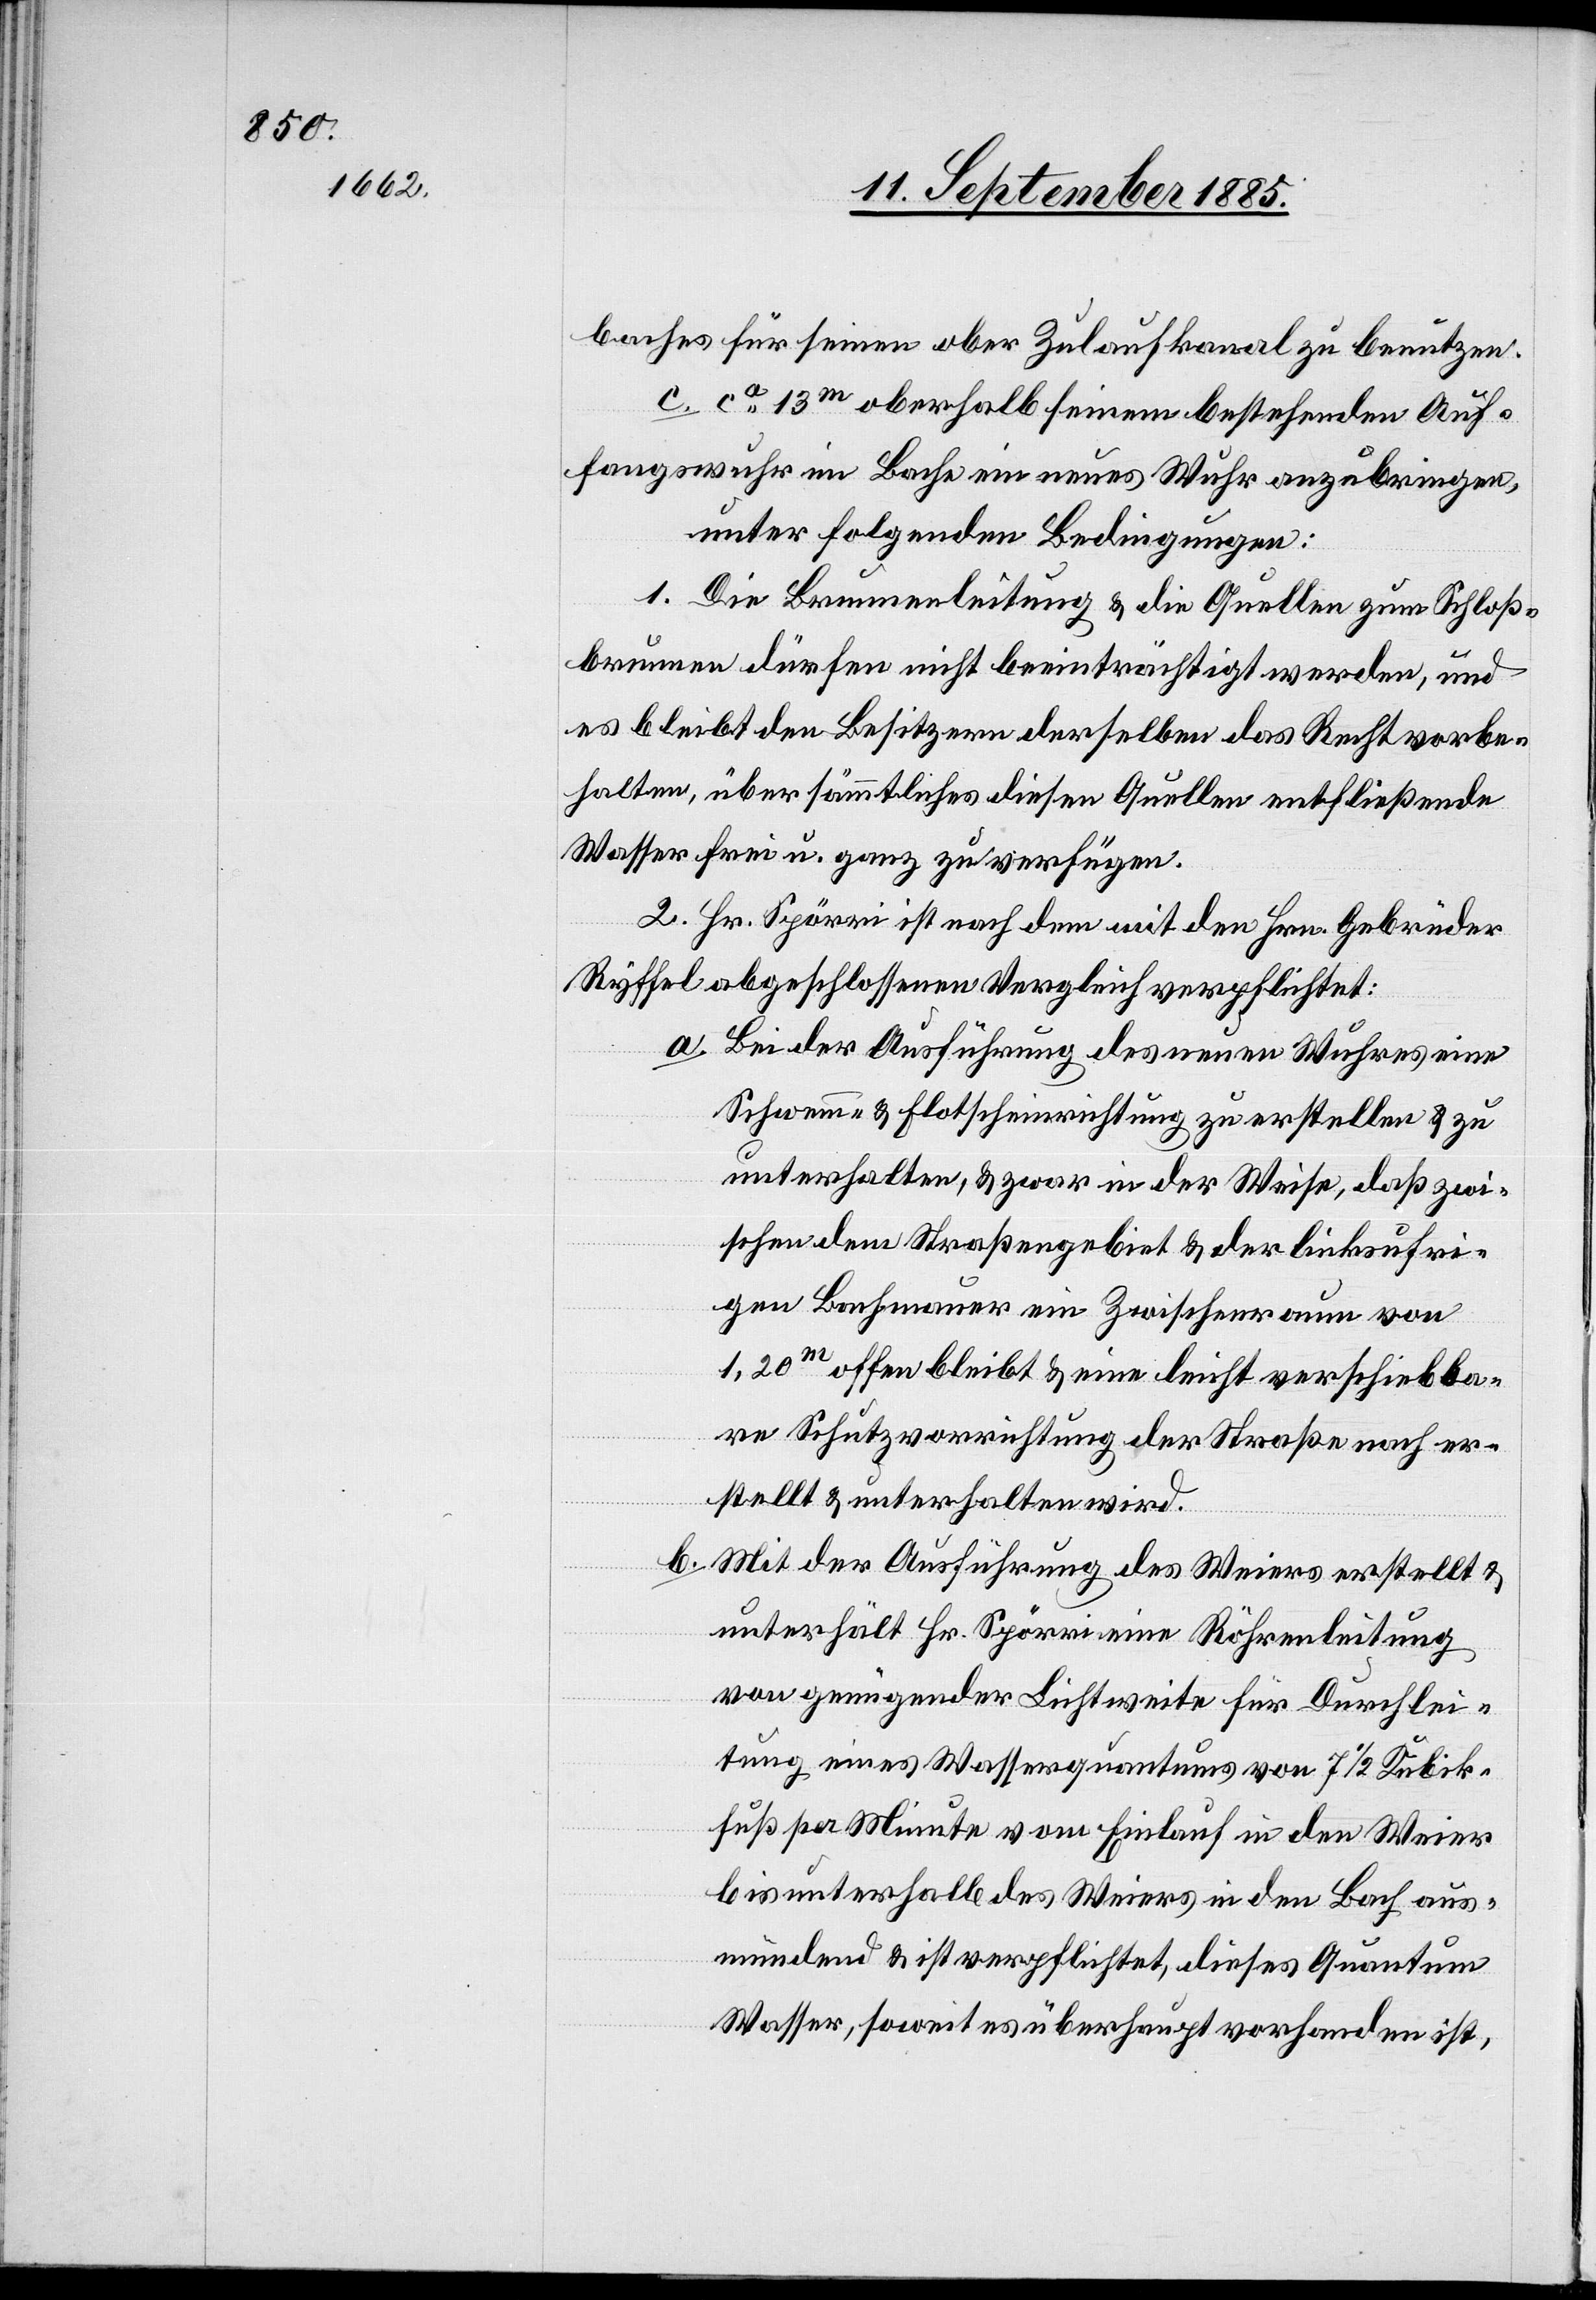
baches für seinen ober[en] Zulaufkanal zu benutzen.
c. ca 13m oberhalb seinem bestehenden Auf¬
fangswuhr im Bache ein neues Wuhr anzubringen,
unter folgenden Bedingungen:
1. Die Brunnenleitung & die Quellen zum Schloß¬
brunnen dürfen nicht beeinträchtigt werden, und
es bleibt den Besitzern derselben das Recht vorbe¬
halten, über sämmtliches diesen Quellen entfließende
Wasser frei u. ganz zu verfügen.
2. Hr. Spörri ist nach dem mit den Hrn. Gebrüder
Ryffel abgeschlossenen Vergleich verpflichtet:
a. Bei der Ausführung des neuen Wuhres einer
Schwemm- & Flotscheinrichtung zu erstellen & zu
unterhalten, & zwar in der Weise, daß zwi¬
schen dem Straßengebiet & der linksufri¬
gen Bachmauer ein Zwischenraum von
1,20m offen bleibt & eine leicht verschiebba¬
re Schutzvorrichtung der Straße nach er¬
stellt & unterhalten wird.
b. Mit der Ausführung des Weiers erstellt &
unterhält Hr. Spörri eine Röhrenleitung
von genügender Lichtweite für Durchlei¬
tung eines Wasserquantums von 7 1/2 Kubik¬
fuß per Minute vom Einlauf in den Weier
bis unterhalb des Weiers in den Bach aus¬
mündend & ist verpflichtet, dieses Quantum
Wasser, soweit es überhaupt vorhanden ist,